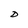
Character: D